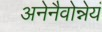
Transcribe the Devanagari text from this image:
अनेनैवोन्नेयं